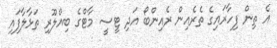
އެ ތިން ފިހާރައިގެ ތެރެއިން ރެއިންބޯ އަދި ޓީސީ މާޓްގެ ބިއްލޫރި ތަޅާލާފައި